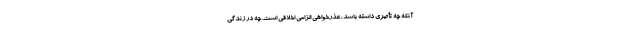
آنکه چه تأثیری داشته باشد، عذرخواهی الزامی اخلاقی است. چه در زندگی